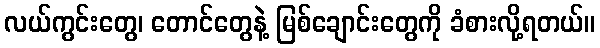
လယ်ကွင်းတွေ၊ တောင်တွေနဲ့ မြစ်ချောင်းတွေကို ခံစားလို့ရတယ်။